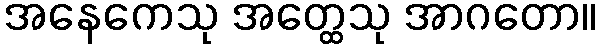
အနေကေသု အတ္ထေသု အာဂတော။